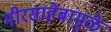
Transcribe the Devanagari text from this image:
मीरसाहेबांमुळे